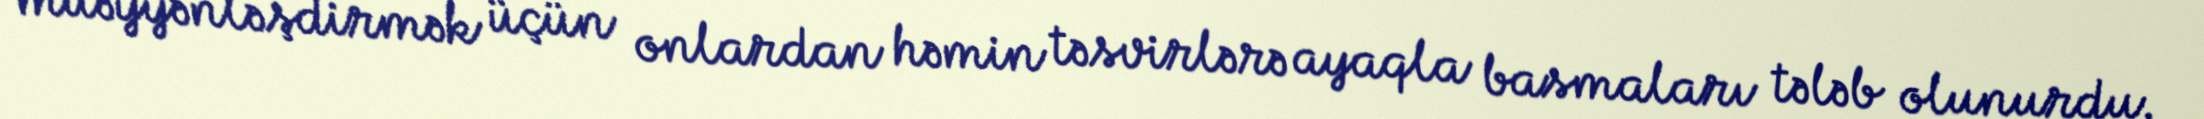
müəyyənləşdirmək üçün onlardan həmin təsvirlərə ayaqla basmaları tələb olunurdu.